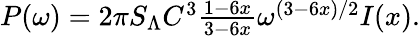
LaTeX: \begin{array}{r}{P(\omega)=2\pi S_{\Lambda}C^{3}\frac{1-6x}{3-6x}\omega^{(3-6x)/2}I(x).}\end{array}